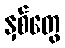
နှစ်တွေ